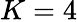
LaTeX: K=4